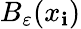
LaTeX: B_{\varepsilon}(x_{\mathbf{i}})